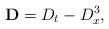
LaTeX: \begin{align*}\bold{D}=D_t-D_x^3,\end{align*}